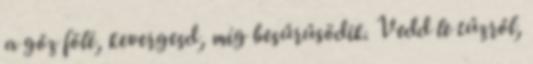
a gőz fölé, kevergesd, míg besűrűsödik. Vedd le tűzről,